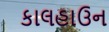
કાલહાઉન